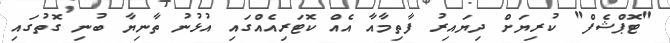
"ޓޮޕްޝެފް" ކުރިޔަށް ދިޔައިރު ފާތިމާއާ އެއް ކޮޓަރިއެއްގައި އުޅުނު ތާނިޔާ ބުނި ގޮތުގައި